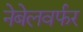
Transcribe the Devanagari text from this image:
नेबेलवर्फर